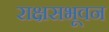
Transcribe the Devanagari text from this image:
राक्षसभूवन